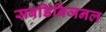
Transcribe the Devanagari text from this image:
सबडिविजनल